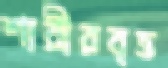
শারীরবৃত্ত